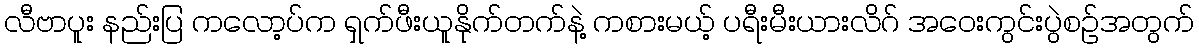
လီဗာပူး နည်းပြ ကလော့ပ်က ရှက်ဖီးယူနိုက်တက်နဲ့ ကစားမယ့် ပရီးမီးယားလိဂ် အဝေးကွင်းပွဲစဉ်အတွက်